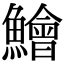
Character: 鱠